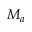
M _ { a }